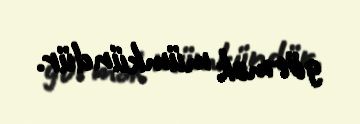
görmək mümkündür.